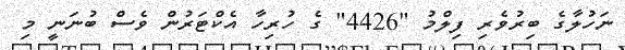
ނަހުލާގެ ބިރުވެރި ފިލްމު "4426" ގެ ހުރިހާ އެކްޓަރުން ވެސް ބުނަނީ މި